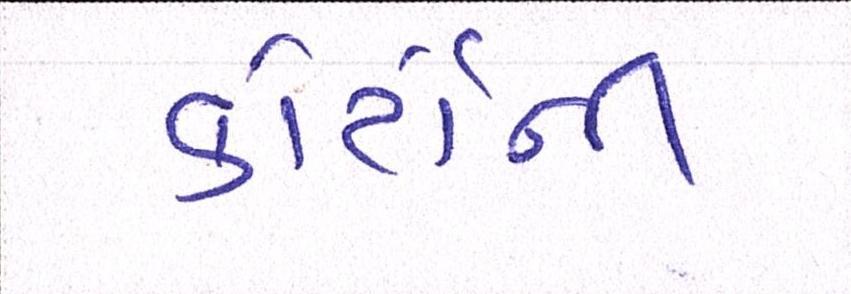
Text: કોર્ટોની